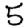
Digit: 5